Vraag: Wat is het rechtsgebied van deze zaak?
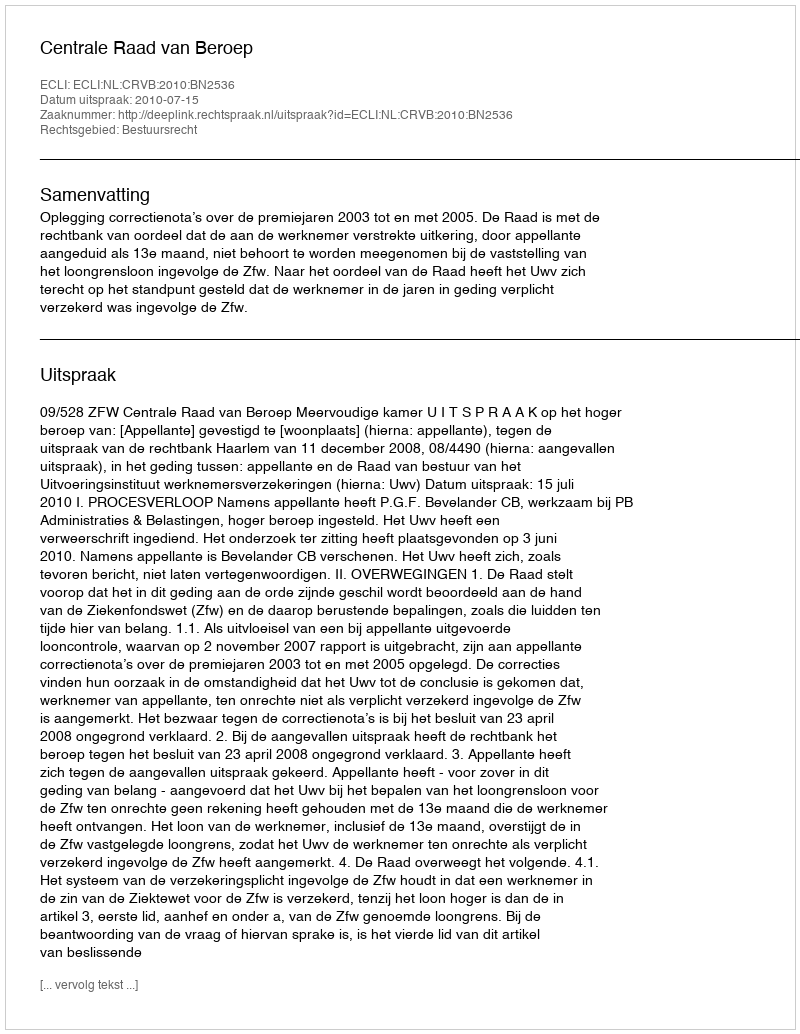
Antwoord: Bestuursrecht